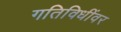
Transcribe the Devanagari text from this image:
गतिविधींवर